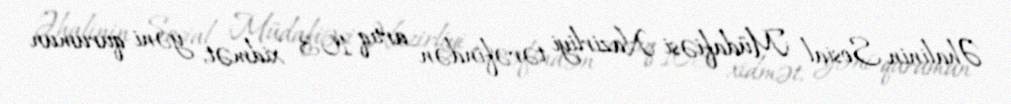
Əhalinin Sosial Müdafiəsi Nazirliyi tərəfindən artıq 103 xidmət, yəni qurumun